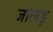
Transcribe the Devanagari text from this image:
जोलड़